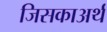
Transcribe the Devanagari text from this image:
जिसकाअर्थ